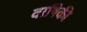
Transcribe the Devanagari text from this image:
वाषिकी